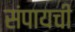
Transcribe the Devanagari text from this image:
संपायची